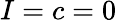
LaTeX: I=c=0